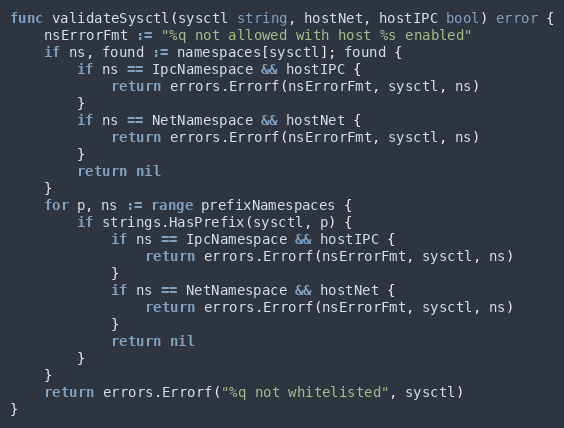
Language: Go
func validateSysctl(sysctl string, hostNet, hostIPC bool) error {
	nsErrorFmt := "%q not allowed with host %s enabled"
	if ns, found := namespaces[sysctl]; found {
		if ns == IpcNamespace && hostIPC {
			return errors.Errorf(nsErrorFmt, sysctl, ns)
		}
		if ns == NetNamespace && hostNet {
			return errors.Errorf(nsErrorFmt, sysctl, ns)
		}
		return nil
	}
	for p, ns := range prefixNamespaces {
		if strings.HasPrefix(sysctl, p) {
			if ns == IpcNamespace && hostIPC {
				return errors.Errorf(nsErrorFmt, sysctl, ns)
			}
			if ns == NetNamespace && hostNet {
				return errors.Errorf(nsErrorFmt, sysctl, ns)
			}
			return nil
		}
	}
	return errors.Errorf("%q not whitelisted", sysctl)
}